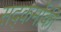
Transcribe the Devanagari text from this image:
सद्कर्मोकी